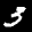
Label: 3